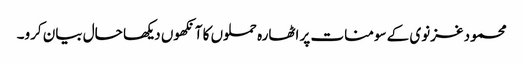
محمود غزنوی کے سومنات پر اٹھارہ حملوں کا آنکھوں دیکھا حال بیان کرو۔